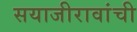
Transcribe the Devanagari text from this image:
सयाजीरावांची